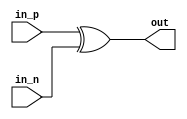
module differential_buffer (
    input  wire        in_p,
    input  wire        in_n,
    output reg         out
);

assign out = in_p ^ in_n;

endmodule